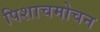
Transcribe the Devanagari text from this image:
पिशाचमोचन